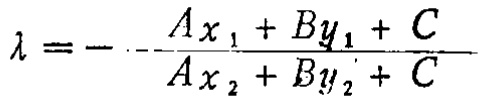
\(\lambda = - \frac{Ax_1 + By_1 + C}{Ax_2 + By_2 + C}\)